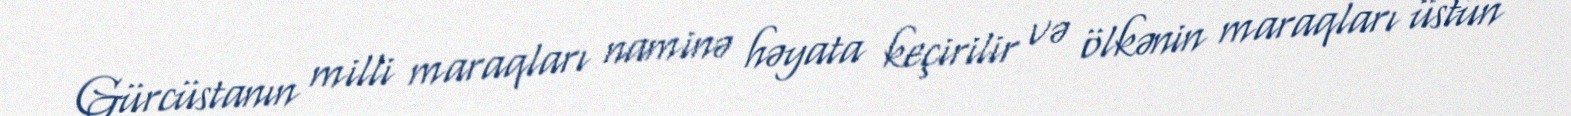
Gürcüstanın milli maraqları naminə həyata keçirilir və ölkənin maraqları üstün